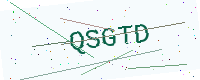
Text: QSGTD